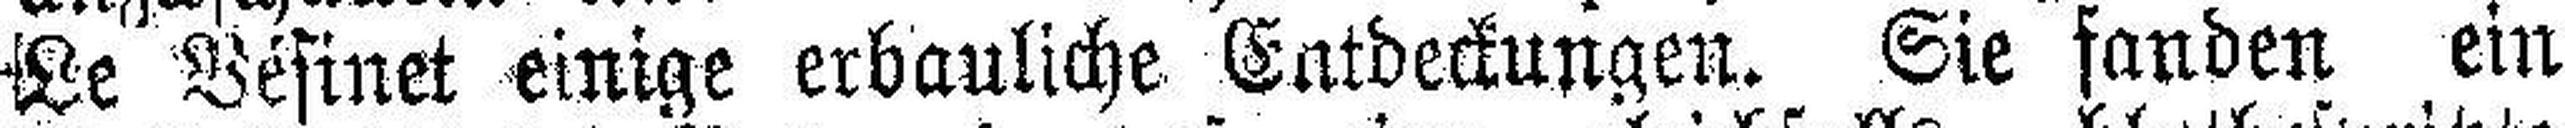
Le Vésinet einige erbauliche Entdeckungen. Sie fanden ein